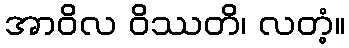
အာဝိလ ဝိဿတိ၊ လတံ့။